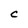
Character: C